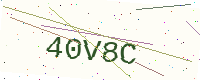
Text: 40V8C